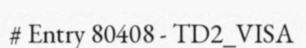
# Entry 80408 - TD2_VISA